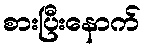
စားပြီးနောက်